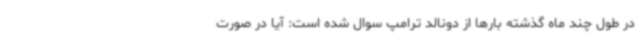
در طول چند ماه گذشته بارها از دونالد ترامپ سوال شده است: آیا در صورت